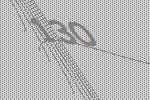
130